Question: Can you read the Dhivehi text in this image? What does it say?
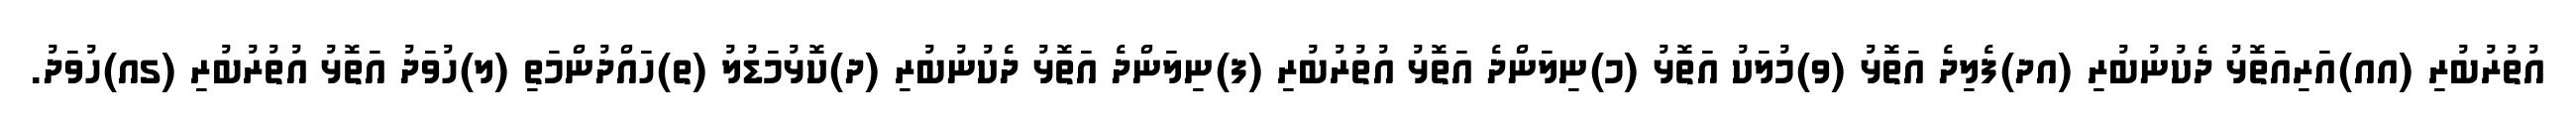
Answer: އުތުރުބުރި (އއ)އަރިއަތޮޅު ދެކުނުބުރި (އދ)ފެލިދެ އަތޮޅު (ވ)މުލަކު އަތޮޅު (މ)ނިލަންދެ އަތޮޅު އުތުރުބުރި (ފ)ނިލަންދެ އަތޮޅު ދެކުނުބުރި (ދ)ކޮޅުމަޑުލު (ތ)ހައްދުންމަތި (ލ)ހުވަދު އަތޮޅު އުތުރުބުރި (ގއ)ހުވަދު.